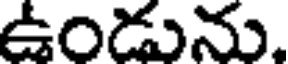
ఉండును.